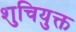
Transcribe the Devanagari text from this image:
शुचियुक्त